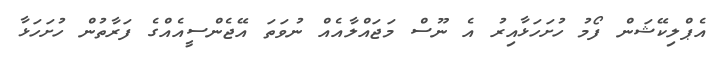
އެޕްލިކޭޝަން ފޯމު ހުށަހަޅާއިރު އެ ނޫސް މަޖައްލާއެއް ނުވަތަ އޭޖެންސީއެއްގެ ފަރާތުން ހުށަހަޅާ